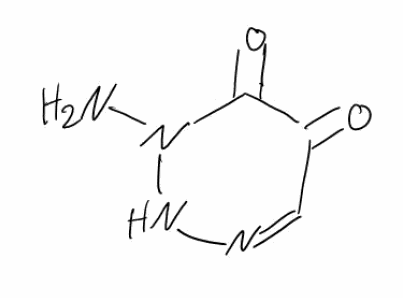
Simplified molecular-input line-entry system (SMILES) notation of the given molecule:
C1=NNN(C(=O)C1=O)N